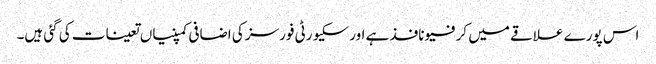
اس پورے علاقے میں کرفیو نافذ ہے اور سکیورٹی فورسز کی اضافی کمپنیاں تعینات کی گئی ہیں۔